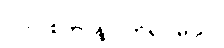
ပလာစတာနဲ့ ပတ်ရပါမယ်။